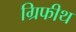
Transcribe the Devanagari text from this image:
ग्रिफीथ